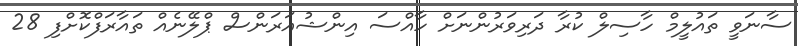
ސާނަވީ ތައުލީމް ހާސިލް ކުރާ ދަރިވަރުންނަށް ހާއްސަ އިންޝުއަރަންސް ޕްލޭނެއް ތައާރަފްކޮށްފި 28